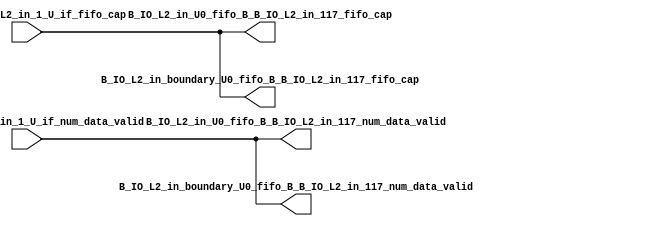
// ==================================================
// RTL generated by RapidStream
//
// Copyright 2024 RapidStream Design Automation, Inc.
// All Rights Reserved.
// ==================================================
`timescale 1 ns / 1 ps
module __rs_kernel3_aux_split_aux_43 #(
    parameter C_S_AXI_CONTROL_DATA_WIDTH  = 32,
    parameter C_S_AXI_CONTROL_ADDR_WIDTH  = 6,
    parameter C_S_AXI_DATA_WIDTH          = 32,
    parameter C_M_AXI_GMEM_A_ID_WIDTH     = 1,
    parameter C_M_AXI_GMEM_A_ADDR_WIDTH   = 64,
    parameter C_M_AXI_GMEM_A_DATA_WIDTH   = 512,
    parameter C_M_AXI_GMEM_A_AWUSER_WIDTH = 1,
    parameter C_M_AXI_GMEM_A_ARUSER_WIDTH = 1,
    parameter C_M_AXI_GMEM_A_WUSER_WIDTH  = 1,
    parameter C_M_AXI_GMEM_A_RUSER_WIDTH  = 1,
    parameter C_M_AXI_GMEM_A_BUSER_WIDTH  = 1,
    parameter C_M_AXI_GMEM_A_USER_VALUE   = 0,
    parameter C_M_AXI_GMEM_A_PROT_VALUE   = 0,
    parameter C_M_AXI_GMEM_A_CACHE_VALUE  = 3,
    parameter C_M_AXI_DATA_WIDTH          = 32,
    parameter C_M_AXI_GMEM_B_ID_WIDTH     = 1,
    parameter C_M_AXI_GMEM_B_ADDR_WIDTH   = 64,
    parameter C_M_AXI_GMEM_B_DATA_WIDTH   = 512,
    parameter C_M_AXI_GMEM_B_AWUSER_WIDTH = 1,
    parameter C_M_AXI_GMEM_B_ARUSER_WIDTH = 1,
    parameter C_M_AXI_GMEM_B_WUSER_WIDTH  = 1,
    parameter C_M_AXI_GMEM_B_RUSER_WIDTH  = 1,
    parameter C_M_AXI_GMEM_B_BUSER_WIDTH  = 1,
    parameter C_M_AXI_GMEM_B_USER_VALUE   = 0,
    parameter C_M_AXI_GMEM_B_PROT_VALUE   = 0,
    parameter C_M_AXI_GMEM_B_CACHE_VALUE  = 3,
    parameter C_M_AXI_GMEM_C_ID_WIDTH     = 1,
    parameter C_M_AXI_GMEM_C_ADDR_WIDTH   = 64,
    parameter C_M_AXI_GMEM_C_DATA_WIDTH   = 512,
    parameter C_M_AXI_GMEM_C_AWUSER_WIDTH = 1,
    parameter C_M_AXI_GMEM_C_ARUSER_WIDTH = 1,
    parameter C_M_AXI_GMEM_C_WUSER_WIDTH  = 1,
    parameter C_M_AXI_GMEM_C_RUSER_WIDTH  = 1,
    parameter C_M_AXI_GMEM_C_BUSER_WIDTH  = 1,
    parameter C_M_AXI_GMEM_C_USER_VALUE   = 0,
    parameter C_M_AXI_GMEM_C_PROT_VALUE   = 0,
    parameter C_M_AXI_GMEM_C_CACHE_VALUE  = 3,
    parameter C_S_AXI_CONTROL_WSTRB_WIDTH = 4,
    parameter C_S_AXI_WSTRB_WIDTH         = 4,
    parameter C_M_AXI_GMEM_A_WSTRB_WIDTH  = 64,
    parameter C_M_AXI_WSTRB_WIDTH         = 4,
    parameter C_M_AXI_GMEM_B_WSTRB_WIDTH  = 64,
    parameter C_M_AXI_GMEM_C_WSTRB_WIDTH  = 64
) (
    output wire [1:0] B_IO_L2_in_U0_fifo_B_B_IO_L2_in_117_fifo_cap,
    output wire [1:0] B_IO_L2_in_U0_fifo_B_B_IO_L2_in_117_num_data_valid,
    output wire [1:0] B_IO_L2_in_boundary_U0_fifo_B_B_IO_L2_in_117_fifo_cap,
    output wire [1:0] B_IO_L2_in_boundary_U0_fifo_B_B_IO_L2_in_117_num_data_valid,
    input wire  [1:0] fifo_B_B_IO_L2_in_1_U_if_fifo_cap,
    input wire  [1:0] fifo_B_B_IO_L2_in_1_U_if_num_data_valid
);
assign B_IO_L2_in_U0_fifo_B_B_IO_L2_in_117_fifo_cap = fifo_B_B_IO_L2_in_1_U_if_fifo_cap;
assign B_IO_L2_in_U0_fifo_B_B_IO_L2_in_117_num_data_valid = fifo_B_B_IO_L2_in_1_U_if_num_data_valid;
assign B_IO_L2_in_boundary_U0_fifo_B_B_IO_L2_in_117_fifo_cap = fifo_B_B_IO_L2_in_1_U_if_fifo_cap;
assign B_IO_L2_in_boundary_U0_fifo_B_B_IO_L2_in_117_num_data_valid = fifo_B_B_IO_L2_in_1_U_if_num_data_valid;
endmodule